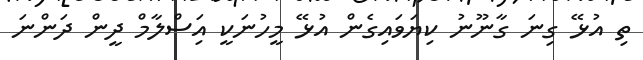
ތި އުޅޭ ގިނަ ގާނޫނު ކިޔަވައިގެން އުޅޭ މީހުނަކީ އިަސްލާމް ދީން ދަންނަ